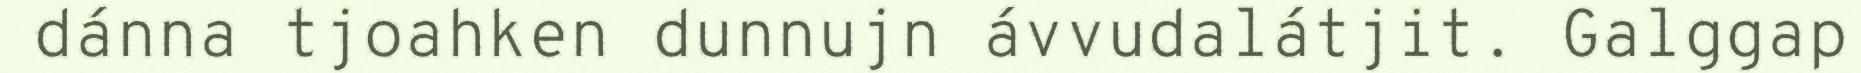
dánna tjoahken dunnujn ávvudalátjit. Galggap